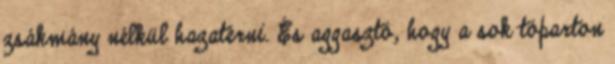
zsákmány nélkül hazatérni. És aggasztó, hogy a sok tóparton